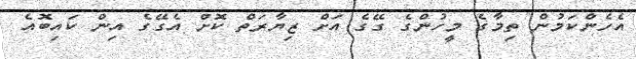
އެހެންކަމުން ތިމާގެ މީހުންގެ ގޭގެ އަށް ޒިޔާރަތް ކޮށް އެގޭގެ އިން ކައިބޮއެ